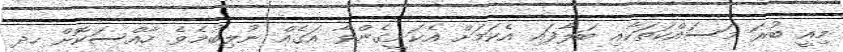
މިއީ ބުރަ މަސައްކަތަކާއި ބަލާފައި އެކަމަށް އެކަށީގެންވާ އަގެއް ނުލިބުމެވެ. ހާއްސަކޮށް ހދ